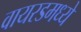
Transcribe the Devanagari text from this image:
वायरडमध्ये